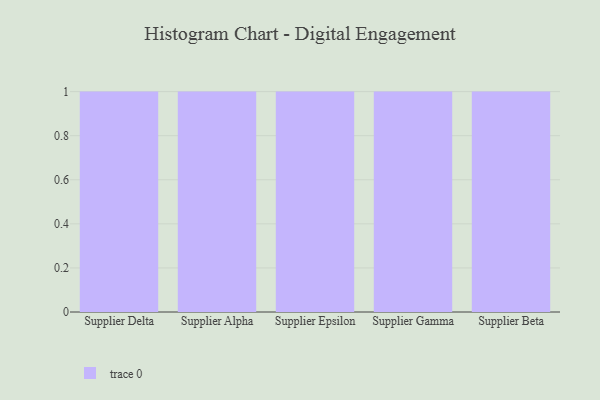
{"axis": {"x": "Supplier", "y": "Headcount"}, "legend": [""], "data": [{"x": "Supplier Delta", "y": 47, "type": ""}, {"x": "Supplier Alpha", "y": 1, "type": ""}, {"x": "Supplier Epsilon", "y": 32, "type": ""}, {"x": "Supplier Gamma", "y": 34, "type": ""}, {"x": "Supplier Beta", "y": 30, "type": ""}]}